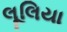
લૂલિયા